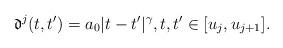
LaTeX: \begin{align*}\mathfrak{d}^j(t,t')=a_0|t-t'|^\gamma,t,t'\in[u_j,u_{j+1}].\end{align*}